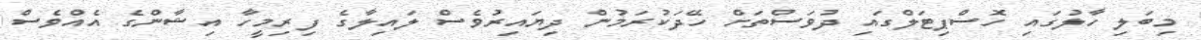
މިބަލި ހާލުގައި ހޮސްޕިޓަލްގައި ދުވަސްތަށް ހޭދަކުރަމުން ދިޔައިރުވެސް ލައިލާގެ ފިރިމީހާ އިޝާންގެ އެއްވެސް